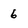
Character: 6